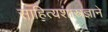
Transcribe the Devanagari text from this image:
साहित्यशास्त्रज्ञाने